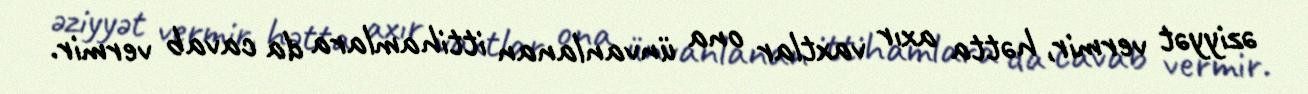
əziyyət vermir, hətta axır vaxtlar ona ünvanlanan ittihamlara da cavab vermir.